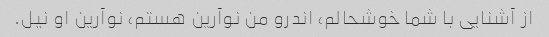
از آشنایی با شما خوشحالم، اندرو من نوآرین هستم، نوآرین او نیل.